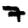
Digit: 7